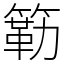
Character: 簕